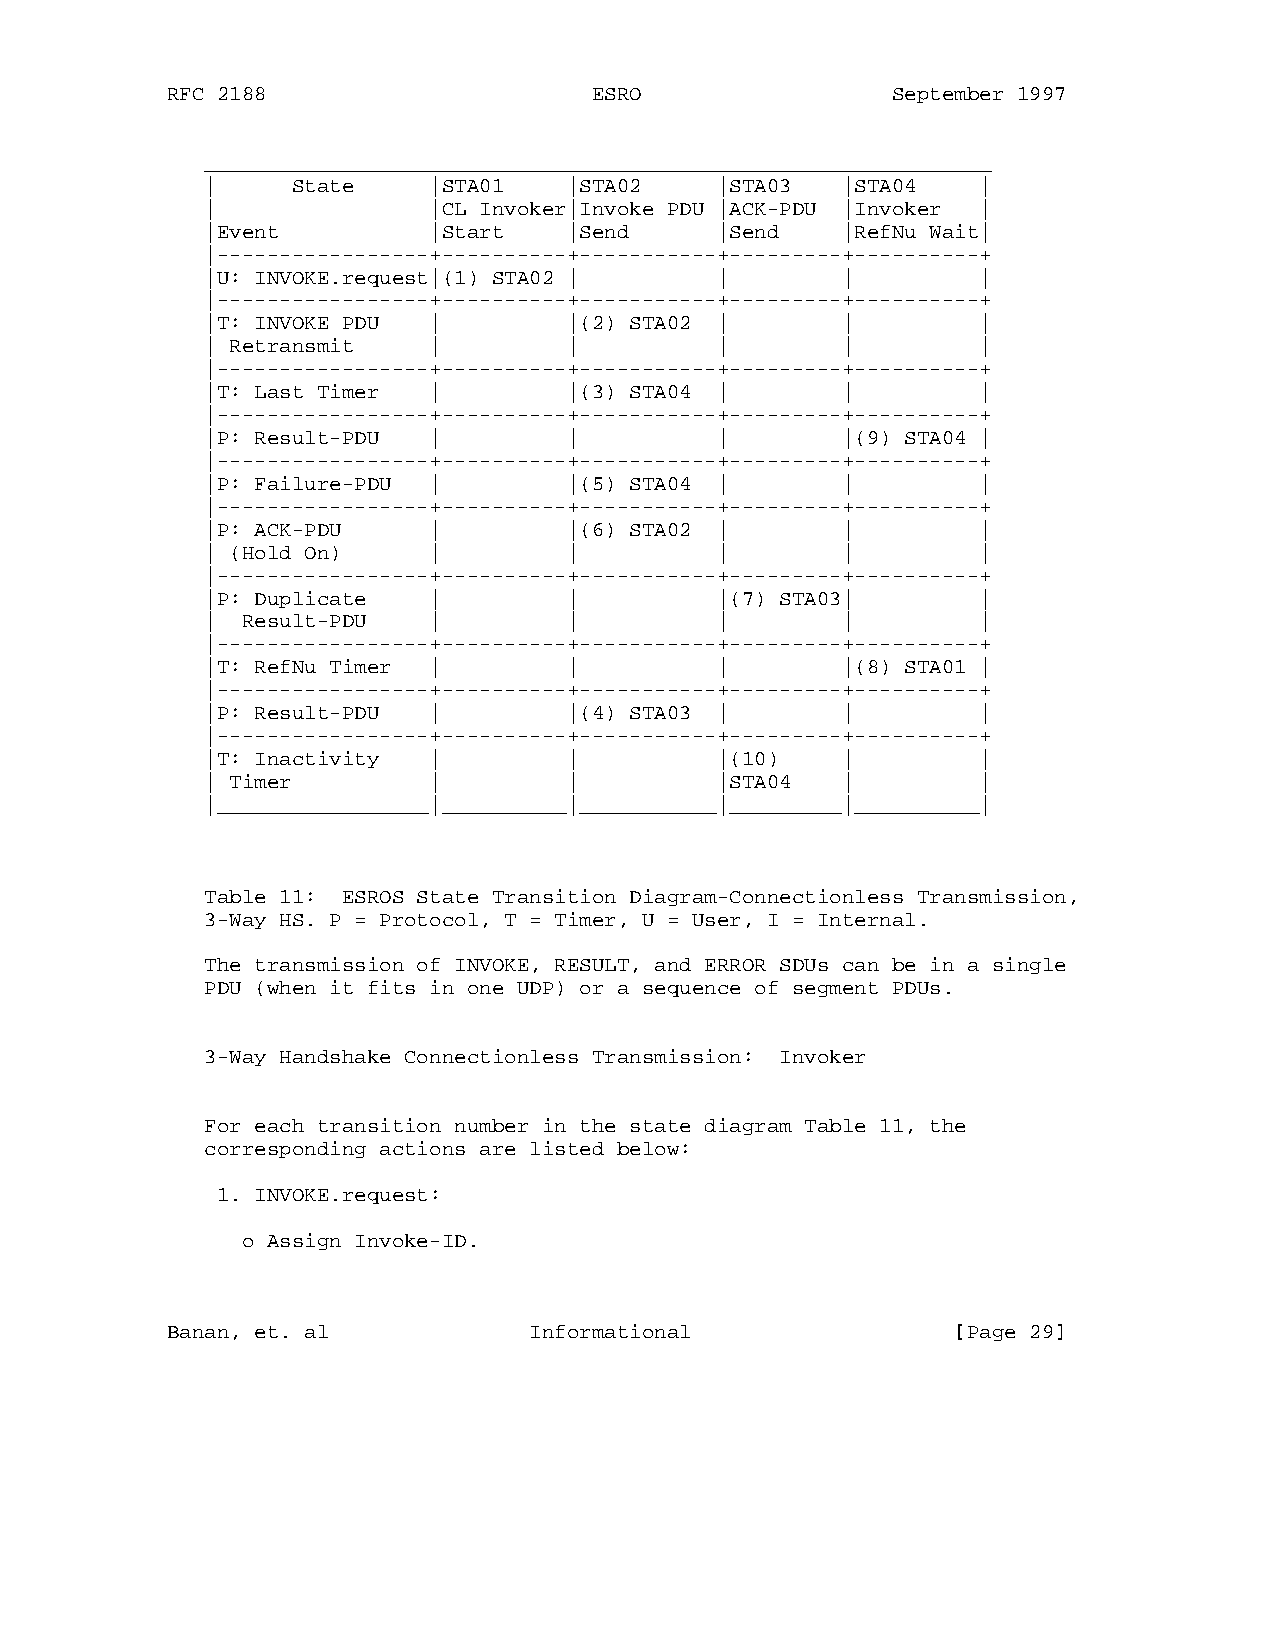
RFC 2188                    ESRO                September 1997
 _______________________________________________________________
 |    State    |STA01    |STA02   |STA03   |STA04   |
 |             |CL Invoker|Invoke PDU |ACK-PDU |Invoker |
 |Event        |Start    |Send    |Send    |RefNu Wait|
 |-----------------+----------+-----------+---------+----------+
 |U: INVOKE.request|(1) STA02 |   |        |        |
 |-----------------+----------+-----------+---------+----------+
 |T: INVOKE PDU |        |(2) STA02 |      |        |
 | Retransmit  |         |        |        |        |
 |-----------------+----------+-----------+---------+----------+
 |T: Last Timer |        |(3) STA04 |      |        |
 |-----------------+----------+-----------+---------+----------+
 |P: Result-PDU |        |        |        |(9) STA04 |
 |-----------------+----------+-----------+---------+----------+
 |P: Failure-PDU |       |(5) STA04 |      |        |
 |-----------------+----------+-----------+---------+----------+
 |P: ACK-PDU   |         |(6) STA02 |      |        |
 | (Hold On)   |         |        |        |        |
 |-----------------+----------+-----------+---------+----------+
 |P: Duplicate |         |        |(7) STA03|       |
 | Result-PDU  |         |        |        |        |
 |-----------------+----------+-----------+---------+----------+
 |T: RefNu Timer |       |        |        |(8) STA01 |
 |-----------------+----------+-----------+---------+----------+
 |P: Result-PDU |        |(4) STA03 |      |        |
 |-----------------+----------+-----------+---------+----------+
 |T: Inactivity |        |        |(10)    |        |
 | Timer       |         |        |STA04   |        |
 |_________________|__________|___________|_________|__________|
 Table 11: ESROS State Transition Diagram-Connectionless Transmission,
 3-Way HS. P = Protocol, T = Timer, U = User, I = Internal.
 The transmission of INVOKE, RESULT, and ERROR SDUs can be in a single
 PDU (when it fits in one UDP) or a sequence of segment PDUs.
 3-Way Handshake Connectionless Transmission: Invoker
 For each transition number in the state diagram Table 11, the
 corresponding actions are listed below:
 1. INVOKE.request:
 o Assign Invoke-ID.
 Banan, et. al           Informational               [Page 29]